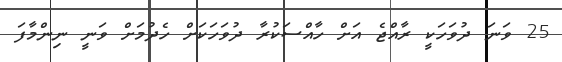
25 ވަނަ ދުވަހަކީ ރާއްޖެ އަށް ހާއްސަކުރާ ދުވަހަކަށް ހެދުމަށް ވަނީ ނިންމާފަ